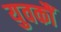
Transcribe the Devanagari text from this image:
युवकौं